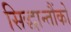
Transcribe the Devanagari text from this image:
सिद्धान्तौंको